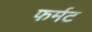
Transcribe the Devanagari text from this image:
फर्मट